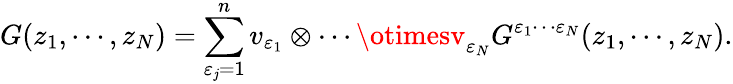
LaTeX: G(z_{1},\cdots,z_{N})=\sum_{\varepsilon_{\mathit{j}}=1}^{n}v_{\varepsilon_{1}}\otimes\cdots\otimesv_{\varepsilon_{N}}G^{\varepsilon_{1}\cdots\varepsilon_{N}}(z_{1},\cdots,z_{N}).